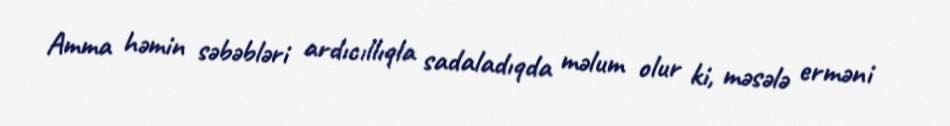
Amma həmin səbəbləri ardıcıllıqla sadaladıqda məlum olur ki, məsələ erməni